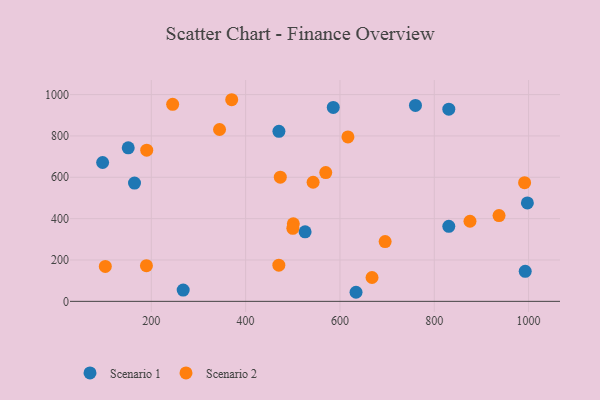
{"axis": {"x": "Investment", "y": "Exam Score"}, "legend": ["Scenario 1", "Scenario 2"], "data": [{"x": "96.8", "y": 671.6, "type": "Scenario 1"}, {"x": "634.1", "y": 43.9, "type": "Scenario 1"}, {"x": "470.6", "y": 822.4, "type": "Scenario 1"}, {"x": "267.6", "y": 54.5, "type": "Scenario 1"}, {"x": "992.8", "y": 145.2, "type": "Scenario 1"}, {"x": "830.8", "y": 363.0, "type": "Scenario 1"}, {"x": "830.8", "y": 929.3, "type": "Scenario 1"}, {"x": "997.4", "y": 475.9, "type": "Scenario 1"}, {"x": "151.1", "y": 742.7, "type": "Scenario 1"}, {"x": "760.1", "y": 947.3, "type": "Scenario 1"}, {"x": "585.8", "y": 937.9, "type": "Scenario 1"}, {"x": "164.4", "y": 572.0, "type": "Scenario 1"}, {"x": "526.1", "y": 336.4, "type": "Scenario 1"}, {"x": "190.3", "y": 731.1, "type": "Scenario 2"}, {"x": "616.9", "y": 795.0, "type": "Scenario 2"}, {"x": "344.7", "y": 831.0, "type": "Scenario 2"}, {"x": "370.5", "y": 975.1, "type": "Scenario 2"}, {"x": "937.3", "y": 414.8, "type": "Scenario 2"}, {"x": "501.1", "y": 375.1, "type": "Scenario 2"}, {"x": "695.8", "y": 289.0, "type": "Scenario 2"}, {"x": "473.5", "y": 600.6, "type": "Scenario 2"}, {"x": "991.5", "y": 574.0, "type": "Scenario 2"}, {"x": "245.3", "y": 953.0, "type": "Scenario 2"}, {"x": "189.7", "y": 172.7, "type": "Scenario 2"}, {"x": "102.5", "y": 168.9, "type": "Scenario 2"}, {"x": "569.9", "y": 622.9, "type": "Scenario 2"}, {"x": "875.7", "y": 387.4, "type": "Scenario 2"}, {"x": "668.0", "y": 115.4, "type": "Scenario 2"}, {"x": "543.1", "y": 576.0, "type": "Scenario 2"}, {"x": "500.1", "y": 353.3, "type": "Scenario 2"}, {"x": "470.4", "y": 175.1, "type": "Scenario 2"}]}